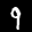
Label: 9